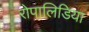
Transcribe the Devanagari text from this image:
रोपालिडिया